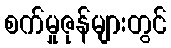
စက်မှုဇုန်များတွင်